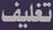
تغليف